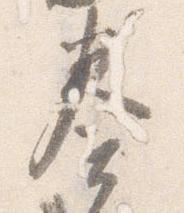
奏